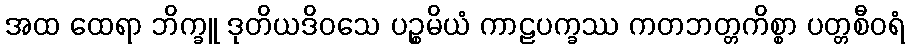
အထ ထေရာ ဘိက္ခူ ဒုတိယဒိဝသေ ပဉ္စမိယံ ကာဠပက္ခဿ ကတဘတ္တကိစ္စာ ပတ္တစီဝရံ